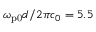
\omega _ { \mathrm { p 0 } } d / 2 \pi c _ { 0 } = 5 . 5